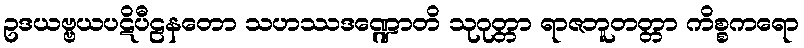
ဥဒယဗ္ဗယပဋိပီဠနတော သဟဿဒဏ္ဍောတိ သုဂုတ္တာ ရာဇဘူတတ္တာ ကိစ္စကရော